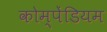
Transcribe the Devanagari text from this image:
कोम्पेंडियम